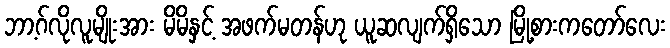
ဘာ့ဂ်လိုလူမျိုးအား မိမိနှင့် အဖက်မတန်ဟု ယူဆလျက်ရှိသော မြို့စားကတော်လေး